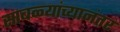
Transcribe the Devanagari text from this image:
साबळ्यांच्यानंतर